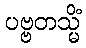
ပဗ္ဗတသ္မိံ